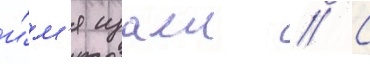
и́м'я изаеи // С